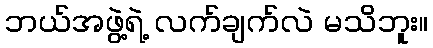
ဘယ်အဖွဲ့ရဲ့ လက်ချက်လဲ မသိဘူး။